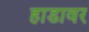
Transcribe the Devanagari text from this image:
हाडावर